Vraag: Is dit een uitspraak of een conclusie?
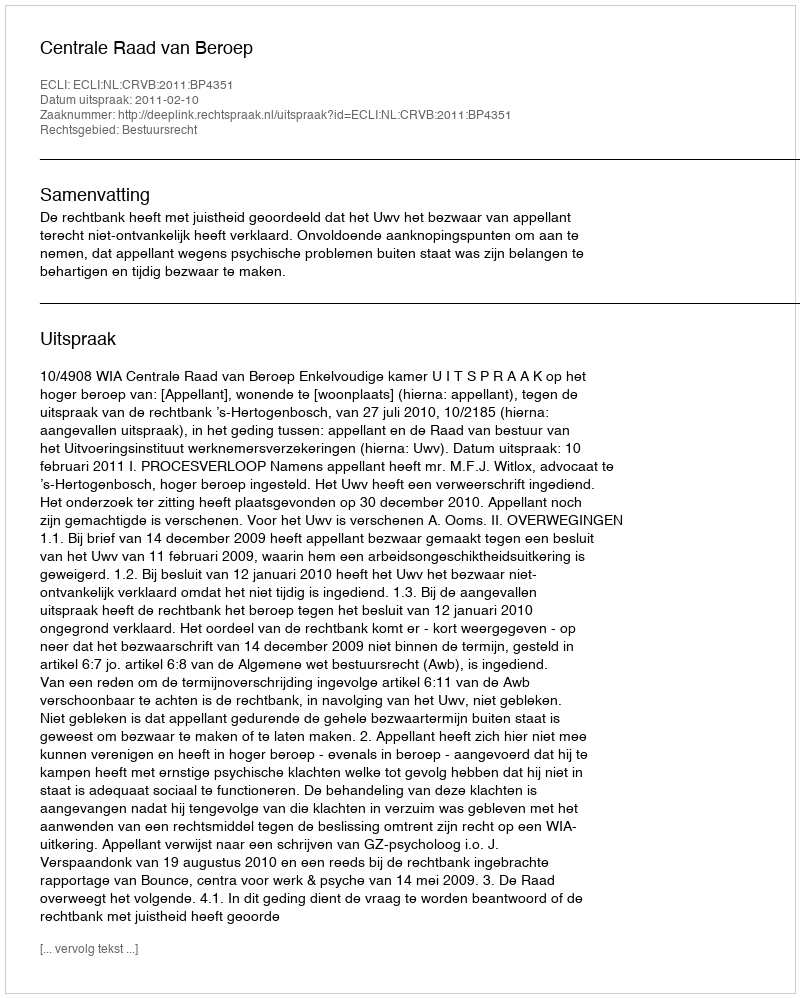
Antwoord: Uitspraak